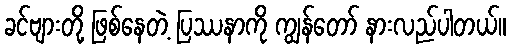
ခင်ဗျားတို့ ဖြစ်နေတဲ့ ပြဿနာကို ကျွန်တော် နားလည်ပါတယ်။